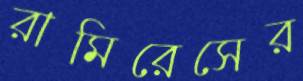
রামিরেসের